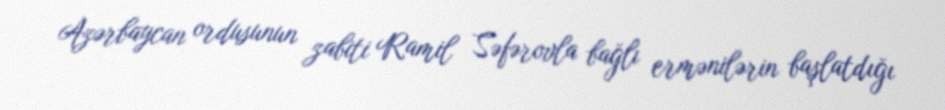
Azərbaycan ordusunun zabiti Ramil Səfərovla bağlı ermənilərin başlatdığı